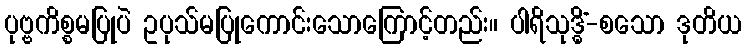
ပုဗ္ဗကိစ္စမပြုပဲ ဥပုသ်မပြုကောင်းသောကြောင့်တည်း။ ပါရိသုဒ္ဓိံ-စသော ဒုတိယ